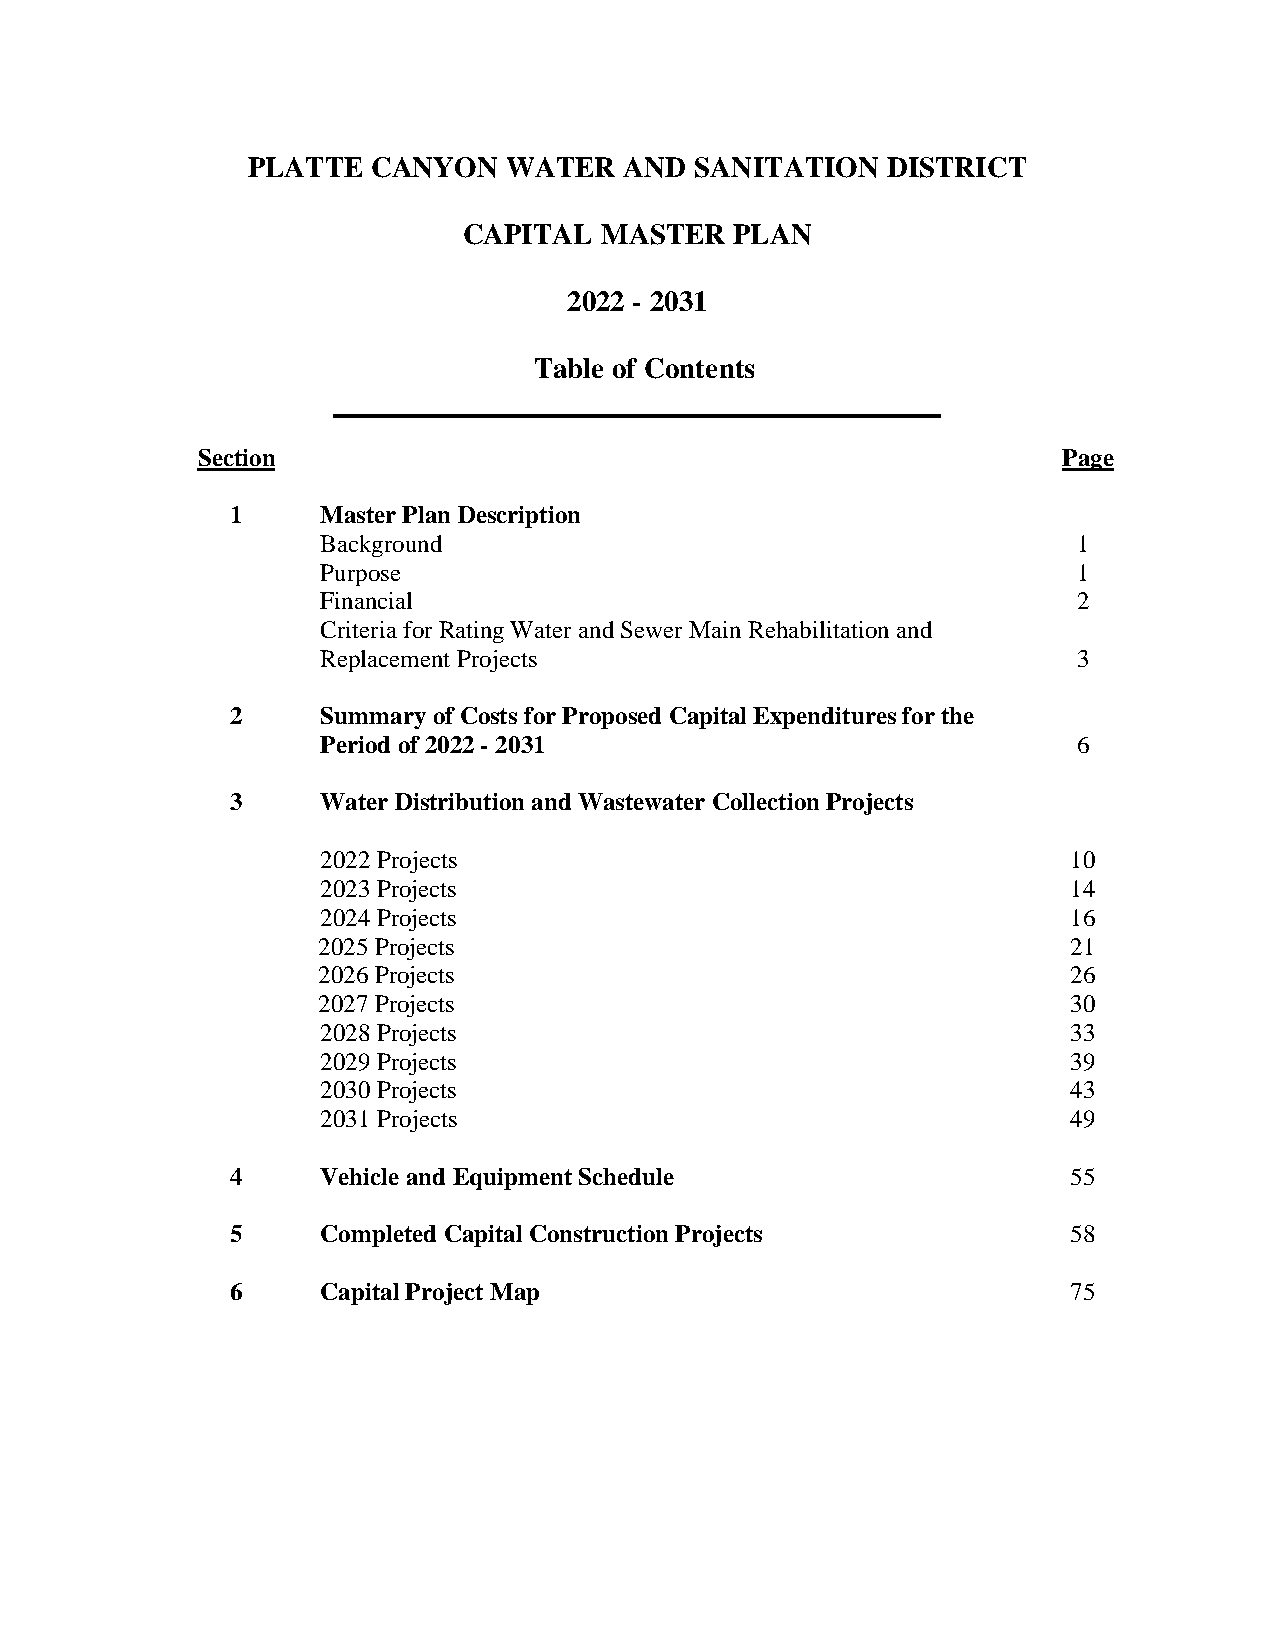
PLATTE   CANYON   WATER  AND  SANITATION   DISTRICT
 CAPITAL  MASTER   PLAN
 2022 - 2031
 Table of Contents
 Section                                                  Page
 1     Master Plan Description
 Background                                        1
 Purpose                                           1
 Financial                                         2
 Criteria for Rating Water and Sewer Main Rehabilitation and
 Replacement Projects                              3
 2     Summary of Costs for Proposed Capital Expenditures for the
 Period of 2022 - 2031                             6
 3     Water Distribution and Wastewater Collection Projects
 2022 Projects                                     10
 2023 Projects                                     14
 2024 Projects                                     16
 2025 Projects                                     21
 2026 Projects                                     26
 2027 Projects                                     30
 2028 Projects                                     33
 2029 Projects                                     39
 2030 Projects                                     43
 2031 Projects                                     49
 4     Vehicle and Equipment Schedule                    55
 5     Completed Capital Construction Projects           58
 6     Capital Project Map                               75